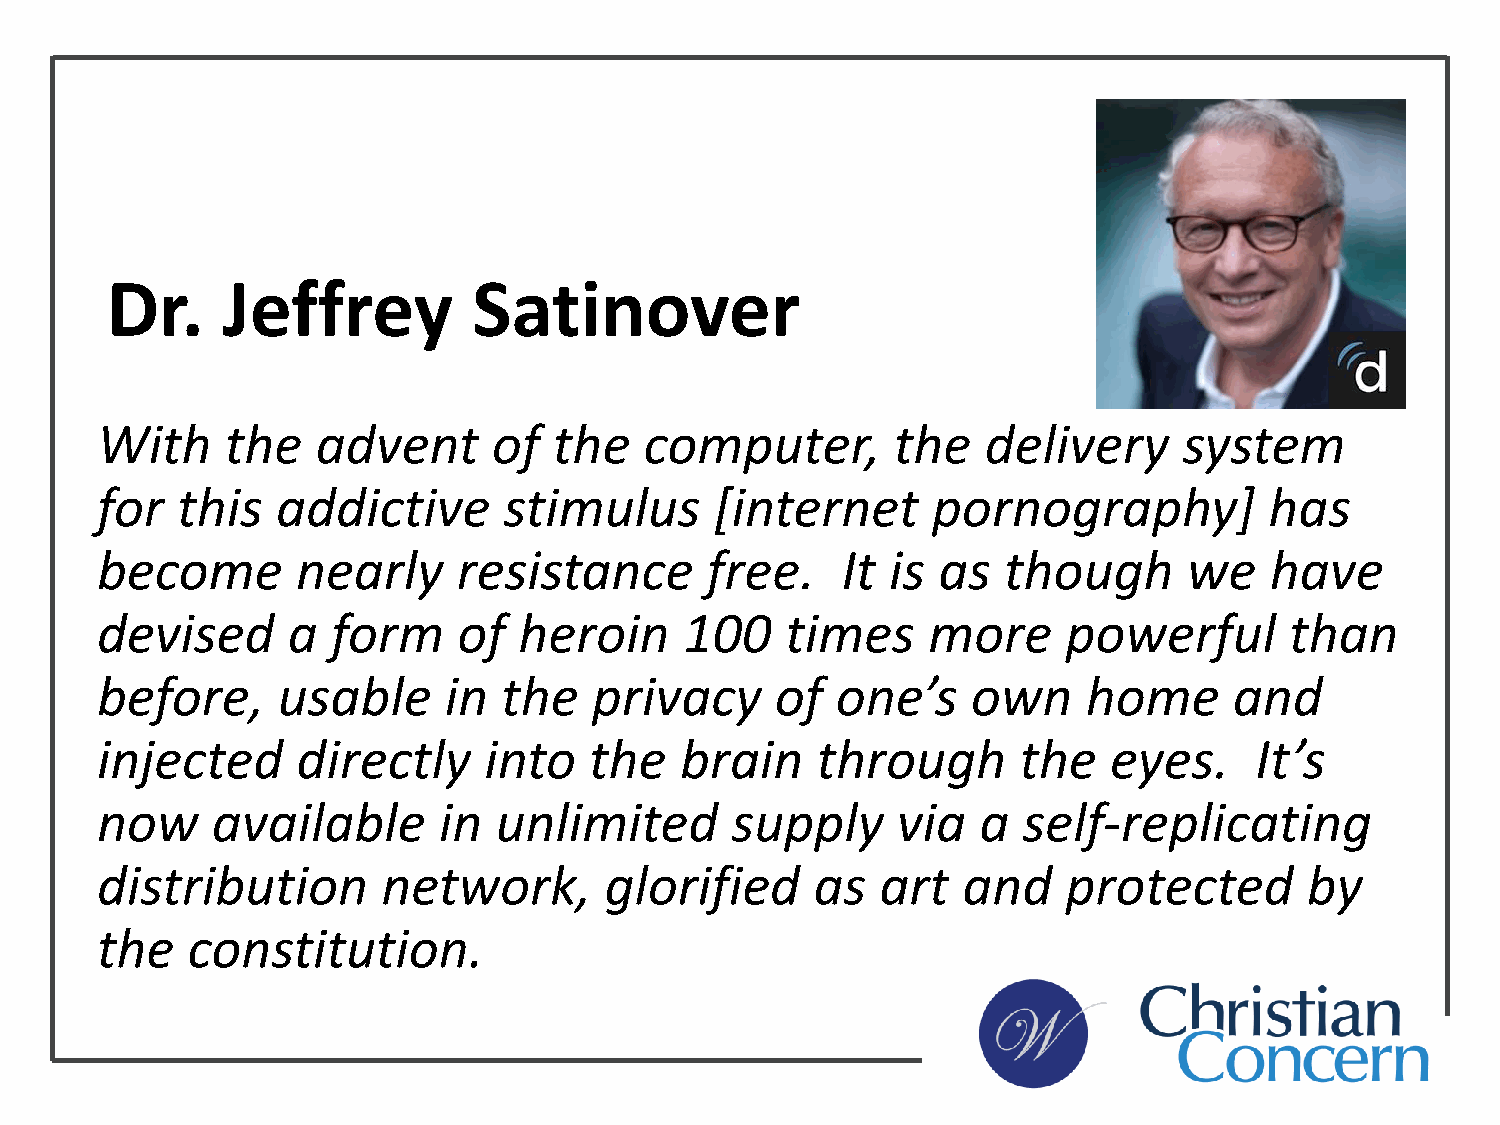
Dr.     Jeffrey         Satinover
 With     the   advent      of  the   computer,       the   delivery     system
 for   this  addictive      stimulus      [internet      pornography]          has
 become        nearly    resistance       free.    It is as  though       we   have
 devised      a  form    of  heroin     100    times    more      powerful      than
 before,     usable     in  the   privacy     of  one’s    own     home      and
 injected      directly    into   the   brain    through      the   eyes.     It’s
 now     available      in  unlimited      supply     via   a  self-replicating
 distribution       network,       glorified     as  art   and    protected       by
 the   constitution.